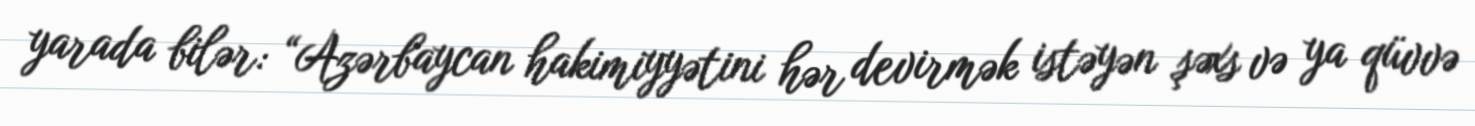
yarada bilər: “Azərbaycan hakimiyyətini hər devirmək istəyən şəxs və ya qüvvə